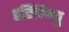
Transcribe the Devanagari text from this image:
हरिविष्णु